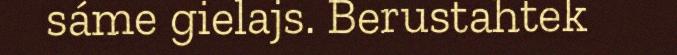
sáme gielajs. Berustahtek